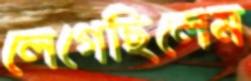
লেগেছিলেম